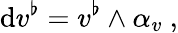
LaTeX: \mathrm{d}v^{\flat}=v^{\flat}\wedge\alpha_{v}\ ,